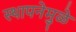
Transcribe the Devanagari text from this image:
स्थापनेमुळे